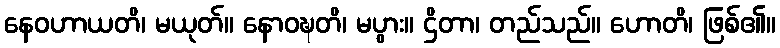
နေဝဟာယတိ၊ မယုတ်။ နောဝဍ္ဎတိ၊ မပွား။ ဌိတာ၊ တည်သည်။ ဟောတိ၊ ဖြစ်၏။